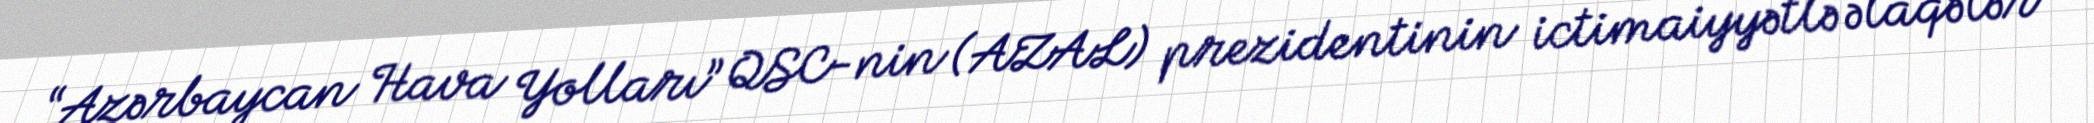
“Azərbaycan Hava Yolları” QSC-nin (AZAL) prezidentinin ictimaiyyətlə əlaqələr